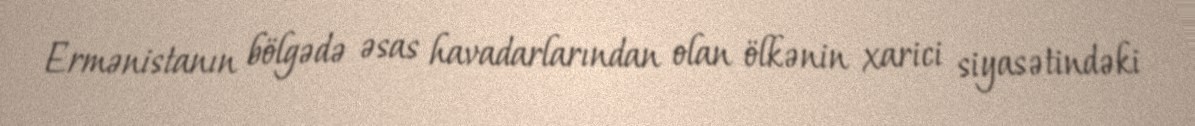
Ermənistanın bölgədə əsas havadarlarından olan ölkənin xarici siyasətindəki